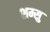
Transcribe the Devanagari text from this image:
शम्सु